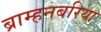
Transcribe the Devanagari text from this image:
ब्राम्हनबरिया